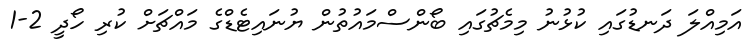
އަމިއްލަ ދަނޑުގައި ކުޅުނު މިމެޗުގައި ބޯންސްމައުތުން ޔުނައިޓެޑްގެ މައްޗަށް ކުރި ހޯދީ 2-1